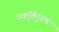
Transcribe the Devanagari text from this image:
प्रकृतिपुरुष